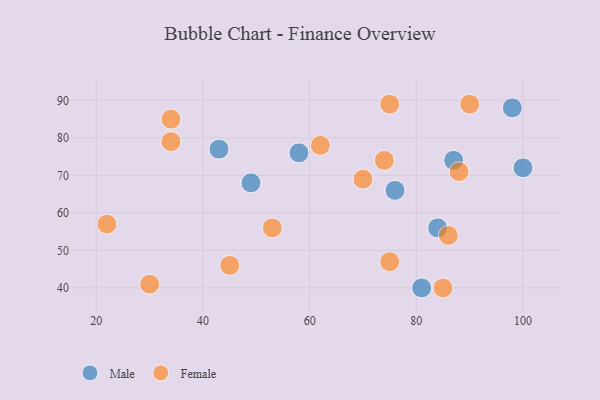
{"axis": {"x": "GDP", "y": "Life Expectancy"}, "legend": ["Female", "Male"], "data": [{"x": "76", "y": 66, "type": "Male"}, {"x": "100", "y": 72, "type": "Male"}, {"x": "87", "y": 74, "type": "Male"}, {"x": "98", "y": 88, "type": "Male"}, {"x": "49", "y": 68, "type": "Male"}, {"x": "84", "y": 56, "type": "Male"}, {"x": "81", "y": 40, "type": "Male"}, {"x": "58", "y": 76, "type": "Male"}, {"x": "43", "y": 77, "type": "Male"}, {"x": "75", "y": 89, "type": "Female"}, {"x": "85", "y": 40, "type": "Female"}, {"x": "34", "y": 85, "type": "Female"}, {"x": "22", "y": 57, "type": "Female"}, {"x": "75", "y": 47, "type": "Female"}, {"x": "62", "y": 78, "type": "Female"}, {"x": "70", "y": 69, "type": "Female"}, {"x": "90", "y": 89, "type": "Female"}, {"x": "86", "y": 54, "type": "Female"}, {"x": "53", "y": 56, "type": "Female"}, {"x": "88", "y": 71, "type": "Female"}, {"x": "34", "y": 79, "type": "Female"}, {"x": "45", "y": 46, "type": "Female"}, {"x": "30", "y": 41, "type": "Female"}, {"x": "74", "y": 74, "type": "Female"}]}